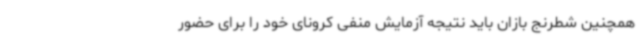
همچنین شطرنج بازان باید نتیجه آزمایش منفی کرونای خود را برای حضور